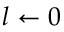
l \leftarrow 0